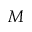
M